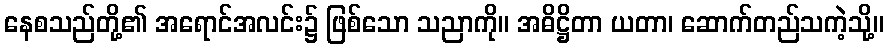
နေစသည်တို့၏ အရောင်အလင်း၌ ဖြစ်သော သညာကို။ အဓိဋ္ဌိတာ ယတာ၊ ဆောက်တည်သကဲ့သို့။